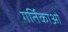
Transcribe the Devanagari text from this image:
गर्तिकाओं